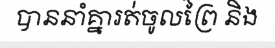
បាននាំគ្នារត់ចូលព្រៃ និង